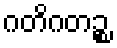
ဂတိဂတဉ္စ